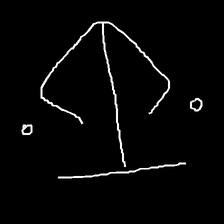
Glyph: earth